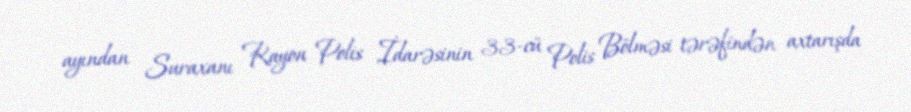
ayından Suraxanı Rayon Polis İdarəsinin 33-cü Polis Bölməsi tərəfindən axtarışda